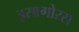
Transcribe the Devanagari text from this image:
इसागोरस